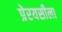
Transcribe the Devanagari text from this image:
प्रेरयसीला